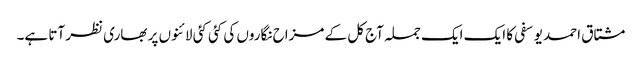
مشتاق احمد یوسفی کا ایک ایک جملہ آج کل کے مزاح نگاروں کی کئی کئی لائنوں پر بھاری نظر آتا ہے۔